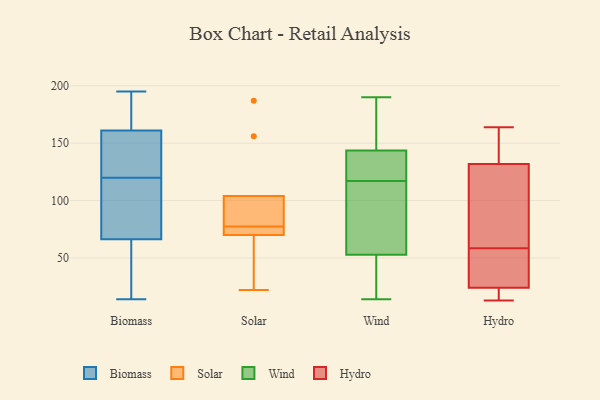
{"axis": {"x": "Revenue (USD Million)", "y": "Value"}, "legend": ["Biomass", "Hydro", "Solar", "Wind"], "data": [{"x": "", "y": 111, "type": "Biomass"}, {"x": "", "y": 37, "type": "Biomass"}, {"x": "", "y": 178, "type": "Biomass"}, {"x": "", "y": 76, "type": "Biomass"}, {"x": "", "y": 167, "type": "Biomass"}, {"x": "", "y": 33, "type": "Biomass"}, {"x": "", "y": 195, "type": "Biomass"}, {"x": "", "y": 129, "type": "Biomass"}, {"x": "", "y": 98, "type": "Biomass"}, {"x": "", "y": 14, "type": "Biomass"}, {"x": "", "y": 159, "type": "Biomass"}, {"x": "", "y": 120, "type": "Biomass"}, {"x": "", "y": 137, "type": "Biomass"}, {"x": "", "y": 187, "type": "Solar"}, {"x": "", "y": 76, "type": "Solar"}, {"x": "", "y": 72, "type": "Solar"}, {"x": "", "y": 61, "type": "Solar"}, {"x": "", "y": 85, "type": "Solar"}, {"x": "", "y": 22, "type": "Solar"}, {"x": "", "y": 79, "type": "Solar"}, {"x": "", "y": 70, "type": "Solar"}, {"x": "", "y": 104, "type": "Solar"}, {"x": "", "y": 156, "type": "Solar"}, {"x": "", "y": 137, "type": "Wind"}, {"x": "", "y": 24, "type": "Wind"}, {"x": "", "y": 190, "type": "Wind"}, {"x": "", "y": 38, "type": "Wind"}, {"x": "", "y": 88, "type": "Wind"}, {"x": "", "y": 131, "type": "Wind"}, {"x": "", "y": 46, "type": "Wind"}, {"x": "", "y": 14, "type": "Wind"}, {"x": "", "y": 188, "type": "Wind"}, {"x": "", "y": 125, "type": "Wind"}, {"x": "", "y": 85, "type": "Wind"}, {"x": "", "y": 55, "type": "Wind"}, {"x": "", "y": 164, "type": "Wind"}, {"x": "", "y": 117, "type": "Wind"}, {"x": "", "y": 184, "type": "Wind"}, {"x": "", "y": 83, "type": "Wind"}, {"x": "", "y": 121, "type": "Wind"}, {"x": "", "y": 46, "type": "Hydro"}, {"x": "", "y": 137, "type": "Hydro"}, {"x": "", "y": 25, "type": "Hydro"}, {"x": "", "y": 164, "type": "Hydro"}, {"x": "", "y": 64, "type": "Hydro"}, {"x": "", "y": 145, "type": "Hydro"}, {"x": "", "y": 88, "type": "Hydro"}, {"x": "", "y": 104, "type": "Hydro"}, {"x": "", "y": 132, "type": "Hydro"}, {"x": "", "y": 24, "type": "Hydro"}, {"x": "", "y": 19, "type": "Hydro"}, {"x": "", "y": 53, "type": "Hydro"}, {"x": "", "y": 20, "type": "Hydro"}, {"x": "", "y": 13, "type": "Hydro"}]}